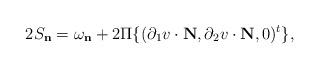
LaTeX: \begin{align*}2S_\mathbf{n} &=\omega_\mathbf{n}+2\Pi\{(\partial_1v\cdot\mathbf{N},\partial_2v\cdot\mathbf{N},0)^t\},\end{align*}